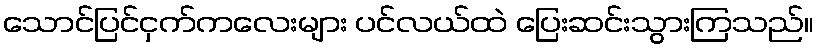
သောင်ပြင်ငှက်ကလေးများ ပင်လယ်ထဲ ပြေးဆင်းသွားကြသည်။